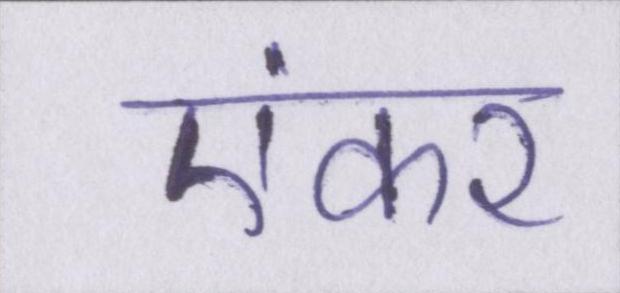
एंकर